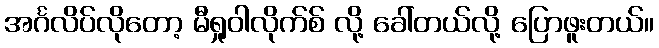
အင်္ဂလိပ်လိုတော့ မီရှုဝါလိုက်စ် လို့ ခေါ်တယ်လို့ ပြောဖူးတယ်။